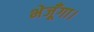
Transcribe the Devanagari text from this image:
भेजूँगा।